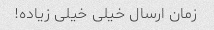
زمان ارسال خیلی خیلی زیاده!